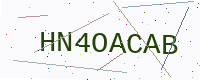
Text: HN4OACAB